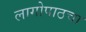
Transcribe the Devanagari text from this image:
लागोपाठचा